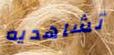
تشاهديه